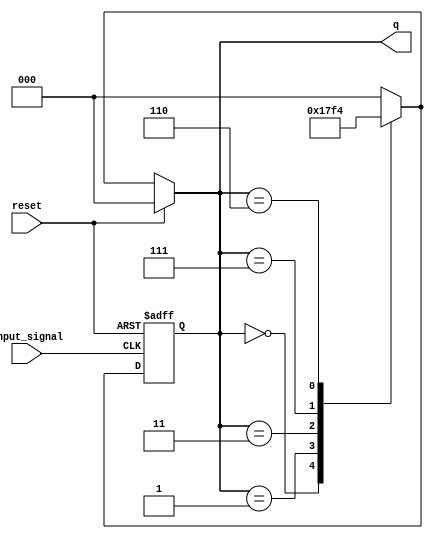
module johnson_counter (
    input wire reset,        // Asynchronous reset signal
    input wire input_signal, // Input signal for state transition
    output reg [2:0] q       // 3-bit output for the counter (change size as needed)
);

    // Always block for the Johnson counter
    always @(*) begin
        if (reset) begin
            // Reset the counter to 000
            q = 3'b000;
        end else begin
            // State transition logic for the Johnson counter
            case (q)
                3'b000: q = 3'b001;
                3'b001: q = 3'b011;
                3'b011: q = 3'b111;
                3'b111: q = 3'b110;
                3'b110: q = 3'b100;
                3'b100: q = 3'b000; // Loop back to the initial state
                default: q = 3'b000; // Default case to handle unexpected states
            endcase
        end
    end

    // Update the state on the input signal transition
    always @(posedge input_signal or posedge reset) begin
        if (reset) begin
            q <= 3'b000; // Reset state
        end else begin
            // Update state based on the current value of q
            case (q)
                3'b000: q <= 3'b001;
                3'b001: q <= 3'b011;
                3'b011: q <= 3'b111;
                3'b111: q <= 3'b110;
                3'b110: q <= 3'b100;
                3'b100: q <= 3'b000; // Loop back to the initial state
                default: q <= 3'b000; // Default case to handle unexpected states
            endcase
        end
    end

endmodule